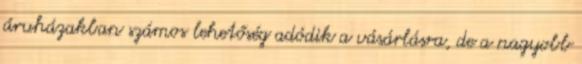
áruházakban számos lehetőség adódik a vásárlásra, de a nagyobb